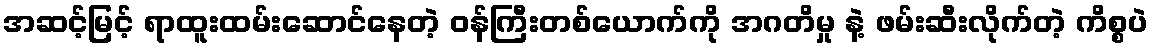
အဆင့်မြင့် ရာထူးထမ်းဆောင်နေတဲ့ ဝန်ကြီးတစ်ယောက်ကို အဂတိမှု နဲ့ ဖမ်းဆီးလိုက်တဲ့ ကိစ္စပဲ